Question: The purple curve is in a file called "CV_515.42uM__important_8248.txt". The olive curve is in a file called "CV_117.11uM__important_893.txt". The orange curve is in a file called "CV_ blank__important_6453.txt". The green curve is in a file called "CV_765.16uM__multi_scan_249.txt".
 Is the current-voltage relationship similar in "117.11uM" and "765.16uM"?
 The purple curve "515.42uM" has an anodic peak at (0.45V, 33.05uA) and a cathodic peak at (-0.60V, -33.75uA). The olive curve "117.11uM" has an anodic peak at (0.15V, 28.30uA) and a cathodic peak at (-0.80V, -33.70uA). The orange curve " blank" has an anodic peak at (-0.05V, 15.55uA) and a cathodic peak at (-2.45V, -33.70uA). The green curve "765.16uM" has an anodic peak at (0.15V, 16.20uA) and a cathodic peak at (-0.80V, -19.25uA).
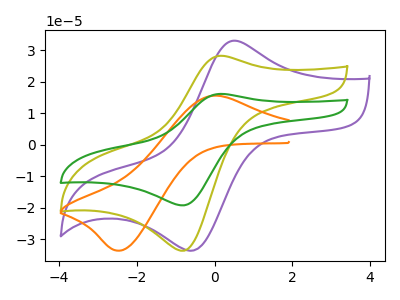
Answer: <think>All the peaks in "117.11uM" have a peak in "765.16uM" at the same potential. Every peak in "117.11uM" is higher than every peak in "765.16uM".
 </think>
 <answer>"117.11uM" and "765.16uM" are similar in shape.</answer>
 <eval>same_shape</eval>